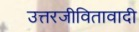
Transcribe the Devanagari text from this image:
उत्तरजीवितावादी